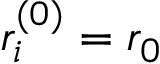
r _ { i } ^ { ( 0 ) } = r _ { 0 }